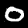
Digit: 0